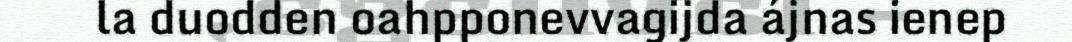
la duodden oahpponevvagijda ájnas ienep